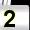
Digit: 2